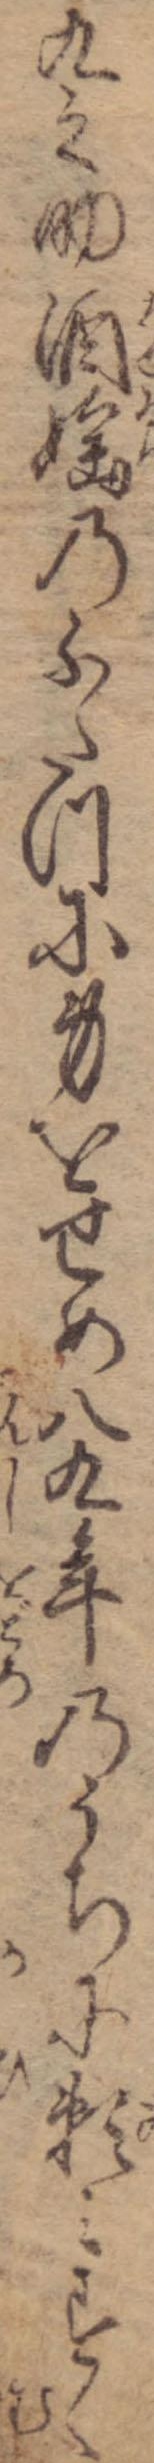
九之助酒淫のふたつに身をせめ八九年のうちに頼みすく